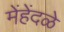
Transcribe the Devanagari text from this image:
मेंहेंदळे